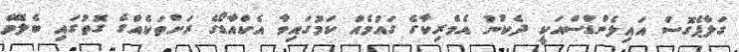
ގަލާޕެގޮސް އައިލެންޑްސްއަކީ ދެކުނު އެމެރިކާގެ ގައުމެއް ކަމުގައިވާ އެކްއާޑޯގެ ރަށްތަކެއްގެ ގޮތުގައި ބެލެވޭ